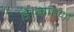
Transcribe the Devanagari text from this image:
है।ग्राहकों